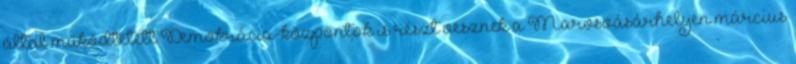
által működtetett Demokrácia-központok is részt vesznek a Marosvásárhelyen március